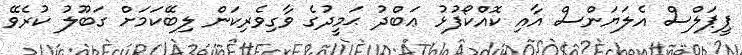
ޕީޕަލްސް އެލަޔަންސް އާއި ކޮއްކޯފުޅު ޢަބްދު ޙަމީދުގެ ވާގިވެރިކަން ލިބޭކަމަށް ގަބޫލު ކުރެވޭ